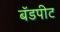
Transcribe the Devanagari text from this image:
बॅडपीट